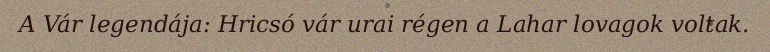
A Vár legendája: Hricsó vár urai régen a Lahar lovagok voltak.